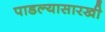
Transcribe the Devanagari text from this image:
पाडल्यासारखी